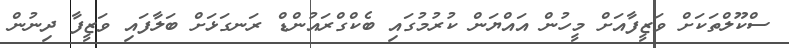
ސްކޫލްތަކަށް ވަޒީފާއަށް މީހުން އައްޔަން ކުރުމުގައި ބެކްގްރައުންޑް ރަނގަޅަށް ބަލާފައި ވަޒީފާ ދިނުން